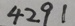
4 2 9 1